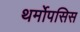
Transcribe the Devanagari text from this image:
थर्मोपसिस